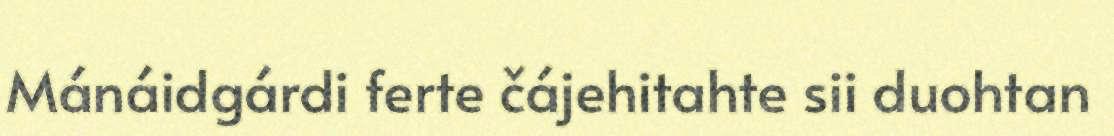
Mánáidgárdi ferte čájehitahte sii duohtan